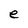
Character: e